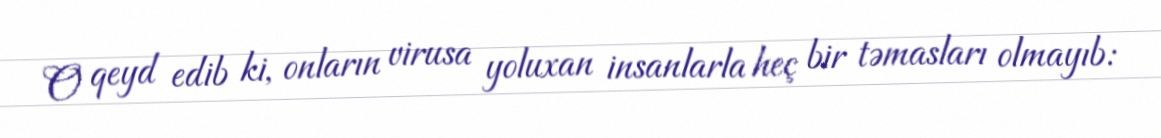
O qeyd edib ki, onların virusa yoluxan insanlarla heç bir təmasları olmayıb: